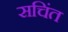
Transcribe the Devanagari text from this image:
सचिंत